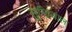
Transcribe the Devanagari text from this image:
सुन्द्रियाल